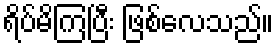
ရိပ်မိကြပြီး ဖြစ်လေသည်။